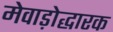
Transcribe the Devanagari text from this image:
मेवाड़ोद्धारक